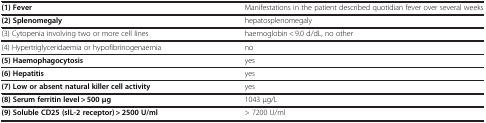
| (1) Fever | Manifestations in the patient described quotidian fever over several weeks |
 | --- | --- |
 | (2) Splenomegaly | hepatosplenomegaly |
 | (3) Cytopenia involving two or more cell lines | haemoglobin < 9.0 d/dL, no other |
 | (4) Hypertriglyceridaemia or hypofibrinogenaemia | no |
 | (5) Haemophagocytosis | yes |
 | (6) Hepatitis | yes |
 | (7) Low or absent natural killer cell activity | yes |
 | (8) Serum ferritin level > 500 μg | 1043 μg/L |
 | (9) Soluble CD25 (sIL-2 receptor) > 2500 U/ml | > 7200 U/ml |